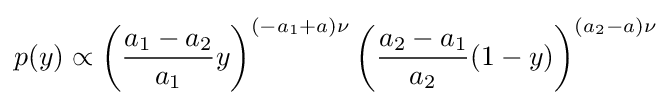
p(y)\propto \left({\frac {a_{1}-a_{2}}{a_{1}}}y\right)^{(-a_{1}+a)\nu }\left({\frac {a_{2}-a_{1}}{a_{2}}}(1-y)\right)^{(a_{2}-a)\nu }